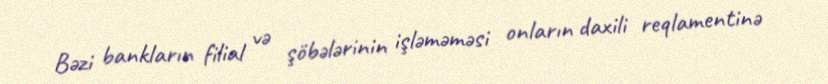
Bəzi bankların filial və şöbələrinin işləməməsi onların daxili reqlamentinə